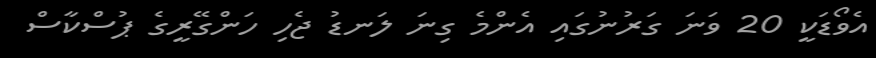
އެވޯޑަކީ 20 ވަނަ ގަރުނުގައި އެންމެ ގިނަ ލަނޑު ޖެހި ހަންގޭރީގެ ޕުސްކާސް